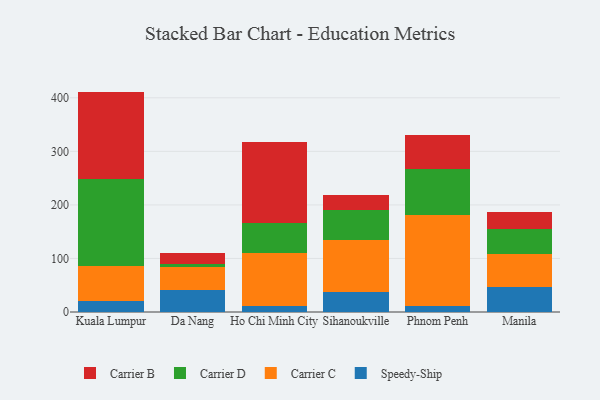
{"axis": {"x": "City", "y": "Headcount"}, "legend": ["Carrier B", "Carrier C", "Carrier D", "Speedy-Ship"], "data": [{"x": "Kuala Lumpur", "y": 20.1, "type": "Speedy-Ship"}, {"x": "Kuala Lumpur", "y": 65.6, "type": "Carrier C"}, {"x": "Kuala Lumpur", "y": 162.5, "type": "Carrier D"}, {"x": "Kuala Lumpur", "y": 163.4, "type": "Carrier B"}, {"x": "Da Nang", "y": 41.7, "type": "Speedy-Ship"}, {"x": "Da Nang", "y": 41.9, "type": "Carrier C"}, {"x": "Da Nang", "y": 5.7, "type": "Carrier D"}, {"x": "Da Nang", "y": 21.1, "type": "Carrier B"}, {"x": "Ho Chi Minh City", "y": 10.8, "type": "Speedy-Ship"}, {"x": "Ho Chi Minh City", "y": 100.0, "type": "Carrier C"}, {"x": "Ho Chi Minh City", "y": 54.6, "type": "Carrier D"}, {"x": "Ho Chi Minh City", "y": 152.1, "type": "Carrier B"}, {"x": "Sihanoukville", "y": 37.7, "type": "Speedy-Ship"}, {"x": "Sihanoukville", "y": 96.2, "type": "Carrier C"}, {"x": "Sihanoukville", "y": 56.7, "type": "Carrier D"}, {"x": "Sihanoukville", "y": 27.8, "type": "Carrier B"}, {"x": "Phnom Penh", "y": 11.1, "type": "Speedy-Ship"}, {"x": "Phnom Penh", "y": 170.5, "type": "Carrier C"}, {"x": "Phnom Penh", "y": 86.0, "type": "Carrier D"}, {"x": "Phnom Penh", "y": 62.7, "type": "Carrier B"}, {"x": "Manila", "y": 47.5, "type": "Speedy-Ship"}, {"x": "Manila", "y": 60.6, "type": "Carrier C"}, {"x": "Manila", "y": 46.5, "type": "Carrier D"}, {"x": "Manila", "y": 31.3, "type": "Carrier B"}]}